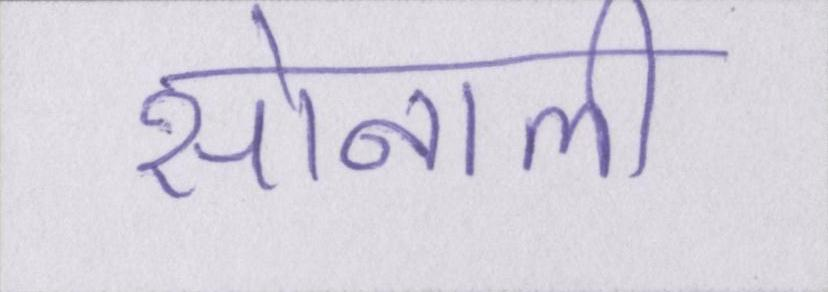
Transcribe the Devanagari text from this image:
सोनाली